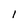
Character: l